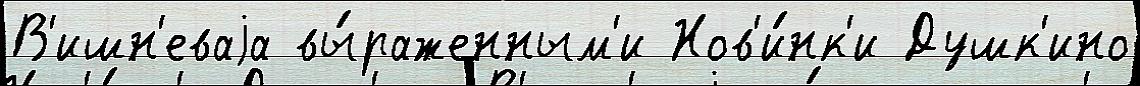
В'ишн'еваjа вы́раженным'и Нов'и́нк'и Душк'ино